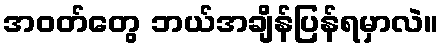
အဝတ်တွေ ဘယ်အချိန်ပြန်ရမှာလဲ။